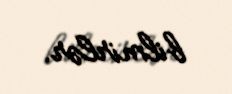
bilmirlər.